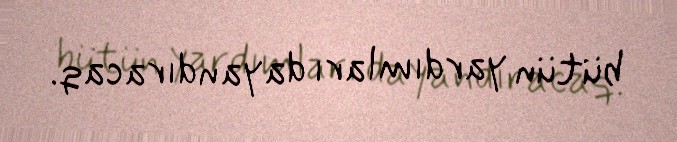
bütün yardımları dayandıracaq.